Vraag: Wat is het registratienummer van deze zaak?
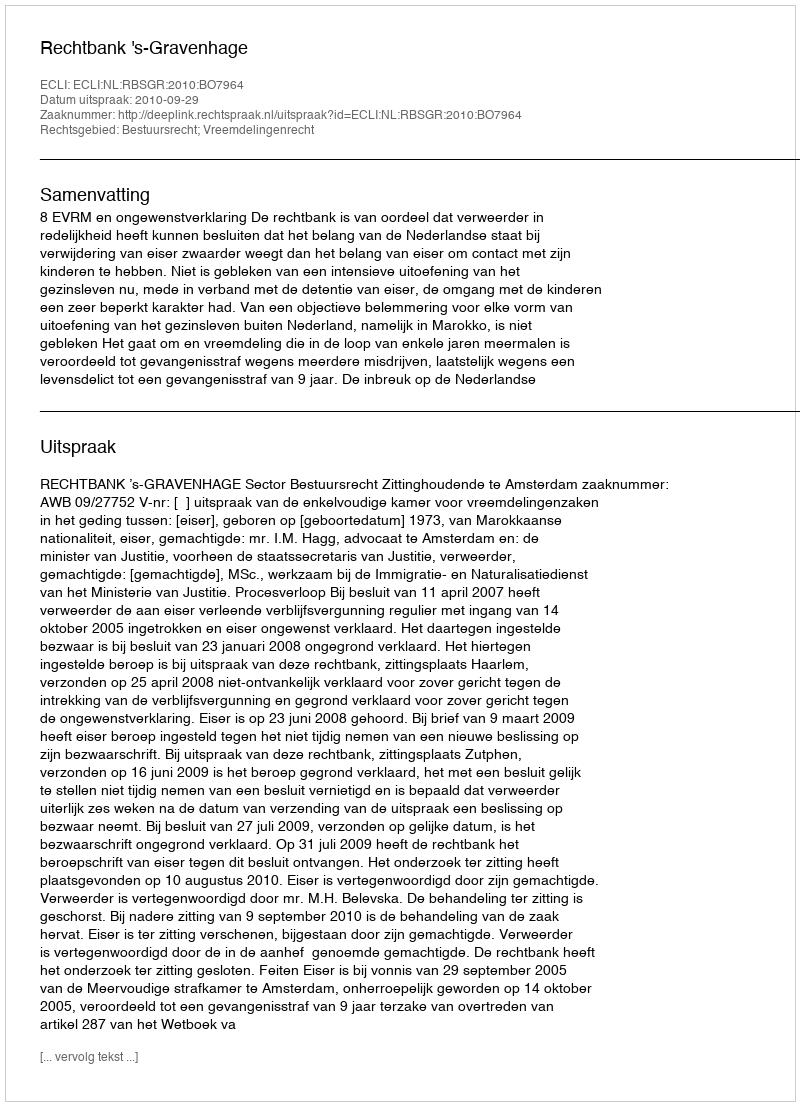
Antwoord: http://deeplink.rechtspraak.nl/uitspraak?id=ECLI:NL:RBSGR:2010:BO7964